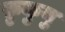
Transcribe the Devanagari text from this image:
फ़ुकुयु